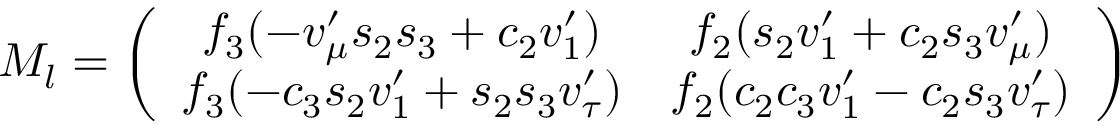
{ \cal { M } } _ { l } = \left( \begin{array} { c c } { { f _ { 3 } ( - v _ { \mu } ^ { \prime } s _ { 2 } s _ { 3 } + c _ { 2 } v _ { 1 } ^ { \prime } ) } } & { { f _ { 2 } ( s _ { 2 } v _ { 1 } ^ { \prime } + c _ { 2 } s _ { 3 } v _ { \mu } ^ { \prime } ) } } \\ { { f _ { 3 } ( - c _ { 3 } s _ { 2 } v _ { 1 } ^ { \prime } + s _ { 2 } s _ { 3 } v _ { \tau } ^ { \prime } ) } } & { { f _ { 2 } ( c _ { 2 } c _ { 3 } v _ { 1 } ^ { \prime } - c _ { 2 } s _ { 3 } v _ { \tau } ^ { \prime } ) } } \end{array} \right)